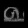
Digit: ၈